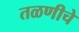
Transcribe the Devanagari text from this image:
तळणीचे